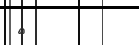
٥